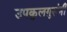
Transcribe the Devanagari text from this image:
उपकुलगुरूंनी